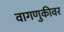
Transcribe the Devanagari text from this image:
वागणुकीवर